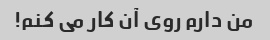
من دارم روی آن کار می کنم!